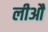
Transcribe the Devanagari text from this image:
लीआैं